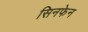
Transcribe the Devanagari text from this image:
सिनफेन